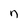
Character: n